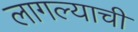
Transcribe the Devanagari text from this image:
लागल्याची